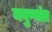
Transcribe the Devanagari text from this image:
मनुष्यांत